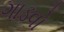
ગાડવો